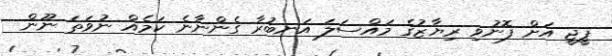
ޕީޖީ އަށް ފޮނުވި ރިޔާޒުގެ މައްސަލަ އަނބުރާ ގެންނާނެ ކަމެއް ނުވަތަ ނޫން